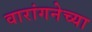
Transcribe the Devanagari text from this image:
वारांगनेच्या